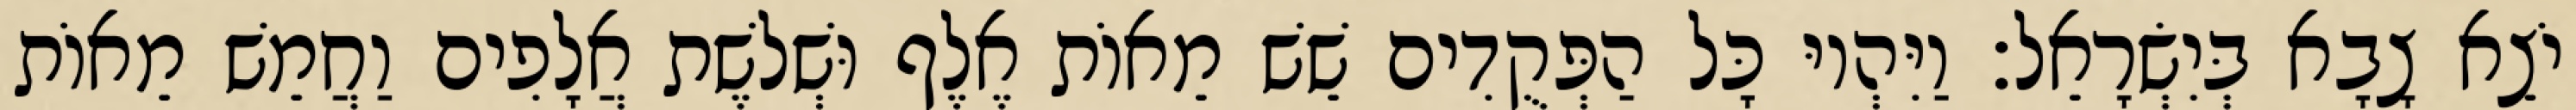
יֹצֵא צָבָא בְּיִשְׂרָאֵל׃ וַיִּהְיוּ כָּל הַפְּקֻדִים שֵׁשׁ מֵאוֹת אֶלֶף וּשְׁלשֶׁת אֲלָפִים וַחֲמֵשׁ מֵאוֹת